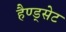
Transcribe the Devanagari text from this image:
हैण्ड्सेट